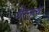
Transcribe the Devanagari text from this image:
गेरनृत्य